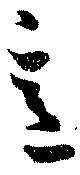
意